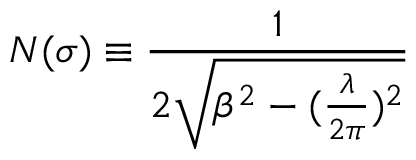
N ( \sigma ) \equiv \frac { 1 } { 2 \sqrt { \beta ^ { 2 } - ( \frac { \lambda } { 2 \pi } ) ^ { 2 } } }